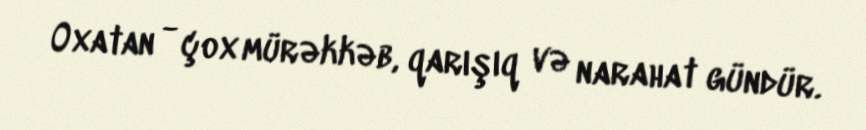
Oxatan - çox mürəkkəb, qarışıq və narahat gündür.